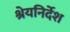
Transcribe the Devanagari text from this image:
श्रेयनिर्देश